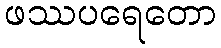
ဖဿပရေတော